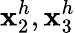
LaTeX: \mathbf{x}_{2}^{h},\mathbf{x}_{3}^{h}